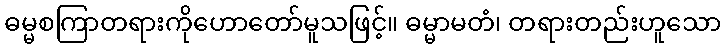
ဓမ္မစကြာတရားကိုဟောတော်မူသဖြင့်။ ဓမ္မာမတံ၊ တရားတည်းဟူသော